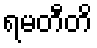
ရမတီတိ